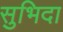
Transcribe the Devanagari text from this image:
सुभिदा